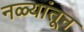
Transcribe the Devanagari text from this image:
नळ्यांतून